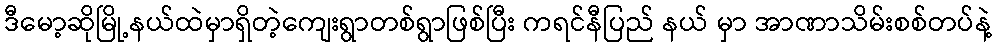
ဒီမော့ဆိုမြို့နယ်ထဲမှာရှိတဲ့ကျေးရွာတစ်ရွာဖြစ်ပြီး ကရင်နီပြည် နယ် မှာ အာဏာသိမ်းစစ်တပ်နဲ့